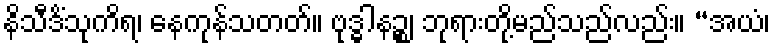
နိသီဒိံသုကိရ၊ နေကုန်သတတ်။ ဗုဒ္ဓါနဉ္စ၊ ဘုရားတို့မည်သည်လည်း။ “အယံ၊